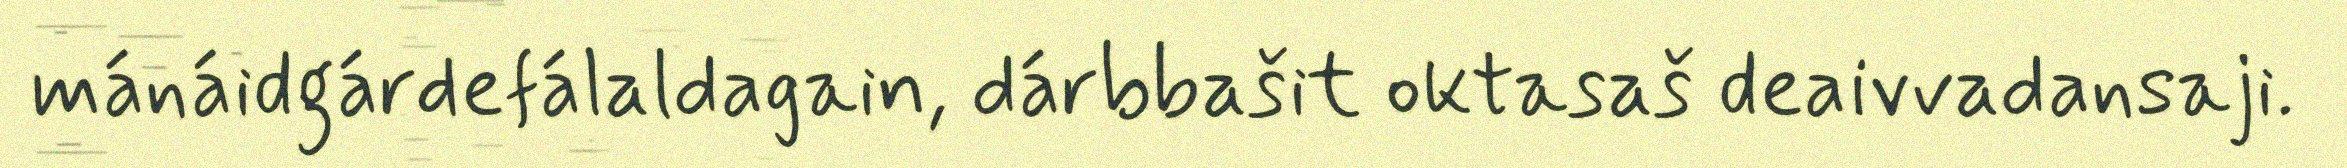
mánáidgárdefálaldagain, dárbbašit oktasaš deaivvadansaji.